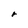
Character: r